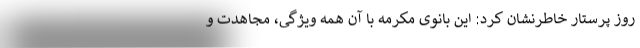
روز پرستار خاطرنشان کرد: این بانوی مکرمه با آن همه ویژگی، مجاهدت و